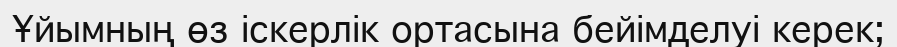
Ұйымның өз іскерлік ортасына бейімделуі керек;